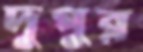
দুপুর